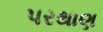
પરથાણ